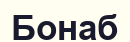
Бонаб